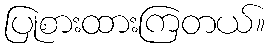
ပြုစားထားကြတယ်။